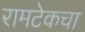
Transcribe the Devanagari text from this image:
रामटेकचा